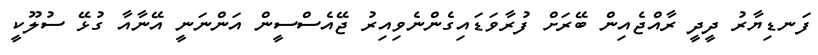
ފަނޑިޔާރު ދީދީ ރާއްޖެއިން ބޭރަށް ފުރާވަޑައިގެންނެވިއިރު ޖޭއެސްސީން އަންނަނީ އޭނާއާ ގުޅޭ ސުލޫކީ